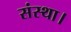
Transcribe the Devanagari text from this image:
संस्था।